Rangoon Lunatic Asylum 1893-1897 - 1893-1897
Year: 1893
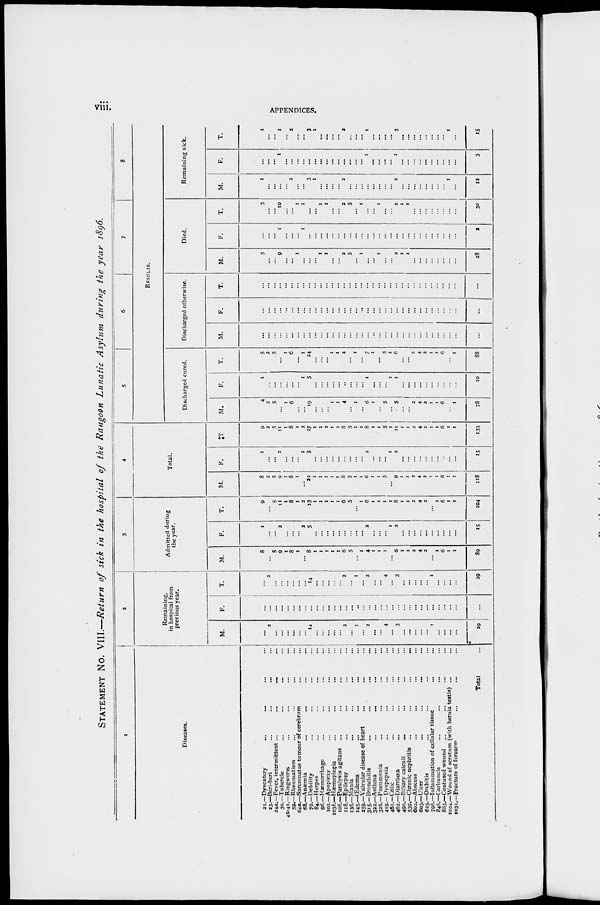
viii
APPENDICES.
STATEMENT NO. VIII.—Return of sick in the hospital of the Rangoon Lunatic Asylum during the year 1896.
1
Diseases.
21.—Dysentery ... ... ... ... ...
23.—Beri-beri ... ... ... ... ...
24a.—Fever, intermittent ...
...
...
30.—Tubercle ... ... ... ... ...
40-41.—Ringworm ... ... ... ... ...
59.—Rheumatism ... ... ... ... ...
64a.—Sarcomatus tumour of cerebrum ... ...
68.—Anæmia ... ... ... ... ...
79.—Debility ... ... ... ... ...
84.—Herpes ... ... ... ... ...
96.—Hæmorrhage ... ... ... ... ...
102.—Apoplexy ... ... ... ... ...
103b—Hæmeplegia
...
...
...
108.—Paralysis agitans ... ... ... ... ...
118.—Epilepsy ... ... ... ... ...
136.—Mania ... ... ... ... ...
145.—Œdema ... ... ... ... ...
259.—Valvular disease of heart ... ... ...
315. —Bronchitis ... ... ... ... ...
322.—Asthma ... ... ... ... ...
325.—Pneumonia ... ... ... ... ...
419.—Dyspepsia ... ... ... ... ...
461.—Colic ... ... ... ... ...
462.—Diarrhœa
490.—Biliary calculi ... ... ... ... ...
539.—Chronic nephritis ...
...
...
...
602.—Abscess ... ... ... ... ...
603.—Ulcer ... ... ... ... ...
625.—Orchitis ... ... ... ... ...
798.—Inflammation of cellular tissue ... ... ...
846.—Carbuncle ... ... ... ... ...
883.—Contused wound ... ... ... ... ...
1004.—Wound of scrotum (with hernia testis) ...
1031.—Fracture of forearm ... ... ... ... ...
Total ...
2
Remaining.
in hospital from
previous year.
M.
...
2
...
...
...
...
...
...
14
...
...
...
...
...
2
...
1
...
2
...
...
4
...
3
...
...
...
...
...
1
...
...
...
...
29
F.
...
...
...
...
...
...
...
...
...
...
...
...
...
...
...
...
...
...
...
...
...
...
...
...
...
...
...
...
...
...
...
...
...
...
...
T.
...
2
...
...
...
...
...
...
14
...
...
...
...
...
2
...
1
...
2
...
...
4
...
3
...
...
...
...
...
1
...
...
...
29
3
Admitted during
the year.
M.
8
...
5
9
1
8
1
...
8
1
1
1
1
1
6
5
...
1
4
1
1
1
...
6
1
1
2
4
2
...
1
6
1
1
89
F.
1
...
...
2
...
...
...
2
5
...
...
...
...
...
...
...
...
...
2
...
...
...
1
2
...
...
...
...
...
...
...
...
...
...
15
T.
9
...
5
11
1
8
1
2
13
1
1
1
1
1
6
5
...
1
6
1
1
1
1
8
1
1
2
4
2
...
1
6
1
1
104
4
Total.
M.
8
2
5
9
1
8
1
...
22
1
1
1
1
1
8
5
1
1
6
1
1
5
...
9
1
1
2
4
2
1
1
6
1
1
118
F.
1
...
...
2
...
...
...
2
5
...
...
...
...
...
...
...
2
...
...
...
1
2
...
...
...
...
...
...
...
..
...
...
15
T.
9
2
5
11
1
8
1
2
27
1
1
1
1
1
8
5
1
1
8
1
1
5
1
11
1
1
2
4
2
1
1
6
1
1
133
5
6
7
8
RESULTS.
Discharged cured.
M.
4
2
5
...
1
6
...
...
19
...
...
...
1
1
4
...
1
...
6
1
5
...
5
...
2
4
2
I
I
6
...
1
78
F.
1
...
...
...
...
...
...
1
5
...
...
...
...
...
..
...
...
1
...
...
...
1
1
...
...
...
...
...
...
...
...
...
10
T.
5
2
5
...
1
6
...
1
24
...
...
...
1
1
4
...
1
...
7
1
...
5
1
6
...
...
2
4
2
I
I
6
...
1
88
Discharged otherwise.
M.
...
...
...
...
...
...
...
...
...
...
...
...
...
...
...
...
...
...
...
..
...
...
...
...
...
...
...
...
...
...
...
...
...
...
...
F.
...
...
...
...
...
...
...
...
...
...
...
...
...
...
...
...
...
...
...
...
...
...
...
...
...
...
...
...
...
...
...
...
...
...
...
T.
...
...
...
...
...
...
...
...
...
...
...
...
...
...
...
...
...
...
...
...
...
...
...
...
...
...
...
...
...
...
...
...
...
...
...
Died.
M.
3
...
...
9
...
...
1
...
...
...
1
1
...
...
2
5
...
1
...
...
1
...
...
2
1
1
...
...
...
...
...
...
...
...
28
F.
...
...
...
1
...
...
...
1
...
...
...
...
...
...
...
...
...
...
...
...
...
...
...
...
...
...
...
...
...
...
...
...
...
...
2
T.
3
...
...
10
...
...
1
1
...
...
1
1
...
...
2
5
...
1
...
...
1
...
...
2
1
1
...
...
...
...
...
...
...
...
30
Remaining sick.
M.
1
...
...
...
...
2
...
...
3
1
...
...
...
...
2
...
...
...
...
...
...
...
...
2
...
...
...
...
...
...
...
...
1
...
12
F.
...
...
...
1
...
...
...
...
...
...
...
...
...
...
...
...
...
...
1
...
...
...
...
1
...
...
...
...
...
...
...
...
...
...
3
T.
1
...
...
1
...
2
...
...
3
1
...
...
...
...
2
...
...
...
1
...
...
...
...
3
...
...
...
...
...
...
...
...
1
...
15